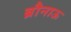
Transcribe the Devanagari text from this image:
ब्रौनाऊ